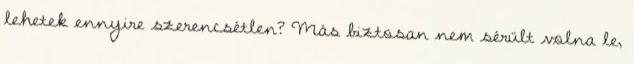
lehetek ennyire szerencsétlen? Más biztosan nem sérült volna le,